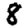
Digit: 8